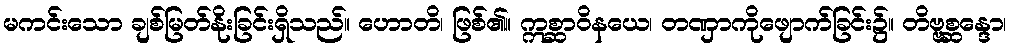
မကင်းသော ချစ်မြတ်နိုးခြင်းရှိသည်။ ဟောတိ၊ ဖြစ်၏။ ဣစ္ဆာဝိနယေ၊ တဏှာကိုဖျောက်ခြင်း၌။ တိဗ္ဗစ္ဆန္ဒော၊